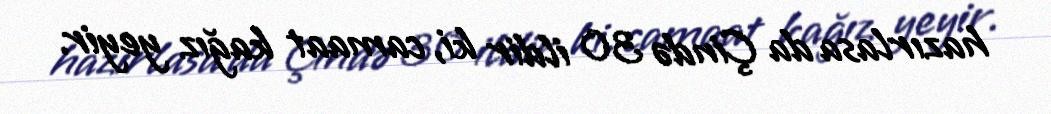
hazırlasa da Çində 30 ildir ki, camaat kağız yeyir.